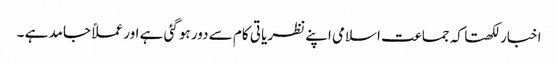
اخبار لکھتا کہ جماعت اسلامی اپنے نظریا تی کام سے دور ہو گئی ہے اور عملاً جامد ہے ۔